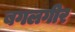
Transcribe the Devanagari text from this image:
बगलगीर